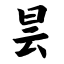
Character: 昙